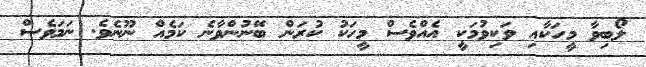
ލޯބިވާ މީހަކާއި ވަކިވުމަކީ އެއްވެސް މީހަކު ކުރަން ބޭނުންވާނެ ކަމެއް ނޫނެވެ. ނަމަވެސް